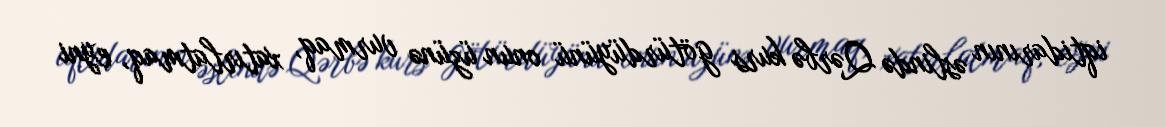
iqtidarının əslində Qərbə kurs götürdüyünü onun üzünə vurmaq, xatırlatmaq, eyni